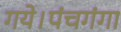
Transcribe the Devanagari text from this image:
गये।पंचगंगा